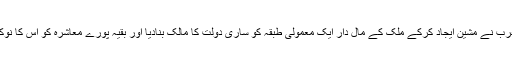
مغرب نے مشین ایجاد کرکے ملک کے مال دار ایک معمولی طبقہ کو ساری دولت کا مالک بنادیا اور بقیہ پورے معاشرہ کو اس کا نوکر۔